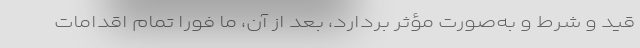
قید و شرط و به‌صورت مؤثر بردارد، بعد از آن، ما فوراً تمام اقدامات